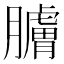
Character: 𦢚